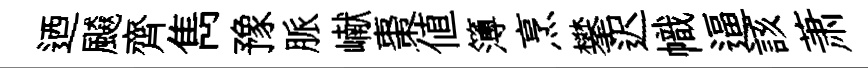
迺飇齊雋豫脈𪩘棗値簿烹攀迟幟逼該萧